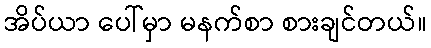
အိပ်ယာ ပေါ်မှာ မနက်စာ စားချင်တယ်။